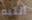
انتبه